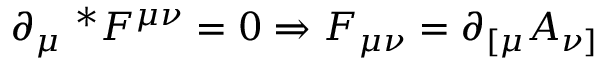
\partial _ { \mu } { ~ } ^ { * } F ^ { \mu \nu } = 0 \Rightarrow F _ { \mu \nu } = \partial _ { [ \mu } A _ { \nu ] }